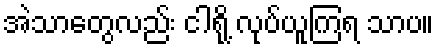
အဲသာတွေလည်း ငါရို့ လုပ်ယူကြရ သာပ။